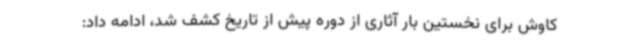
کاوش برای نخستین بار آثاری از دوره پیش از تاریخ کشف شد، ادامه داد: